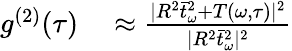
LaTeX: \begin{array}{rl}{g^{(2)}(\tau)}&{{}\approx\frac{|R^{2}\bar{t}_{\omega}^{2}+T(\omega,\tau)|^{2}}{|R^{2}\bar{t}_{\omega}^{2}|^{2}}}\end{array}